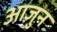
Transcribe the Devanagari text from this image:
आजुन